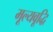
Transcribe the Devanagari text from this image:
मूल्यवूद्धि